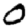
Digit: 0